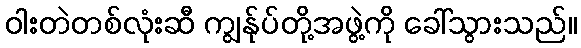
ဝါးတဲတစ်လုံးဆီ ကျွန်ုပ်တို့အဖွဲ့ကို ခေါ်သွားသည်။